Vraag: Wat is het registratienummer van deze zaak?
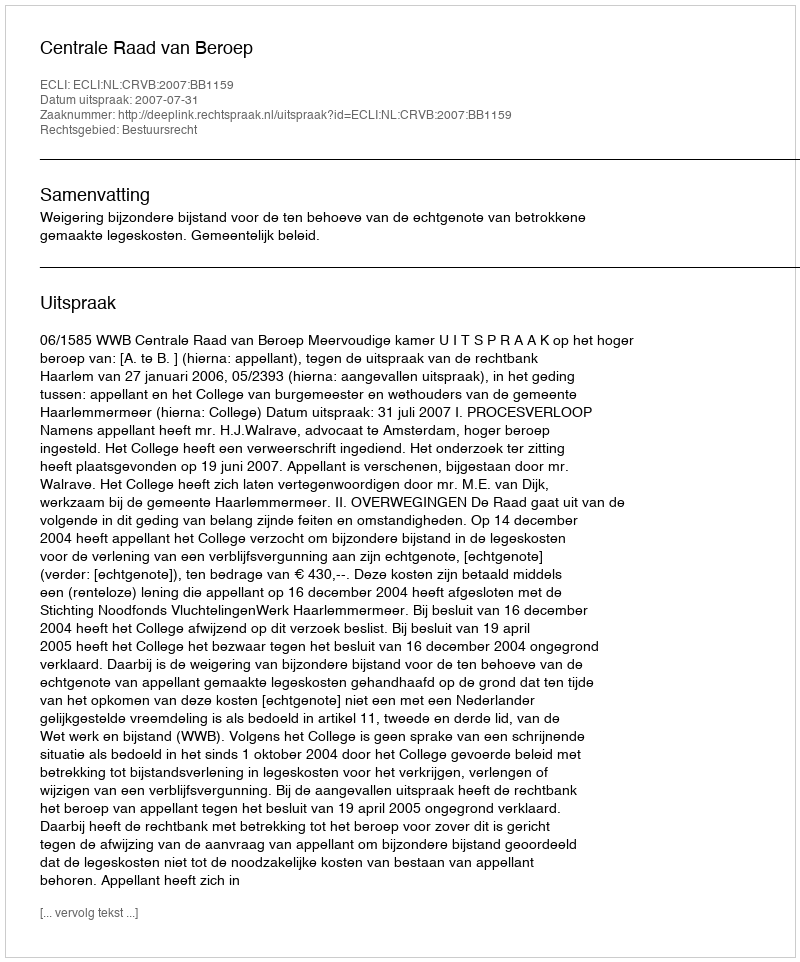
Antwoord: http://deeplink.rechtspraak.nl/uitspraak?id=ECLI:NL:CRVB:2007:BB1159